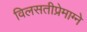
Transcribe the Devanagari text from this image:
विलसतीप्रेमाग्ने